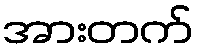
အားတက်